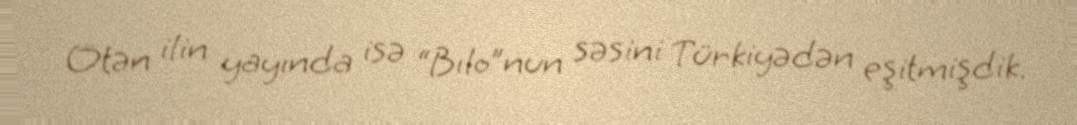
Ötən ilin yayında isə “Bılo”nun səsini Türkiyədən eşitmişdik.